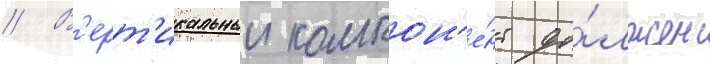
// В'ерт'икальныи компон'е́нт до́лжен